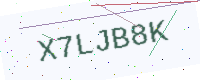
Text: X7LJB8K